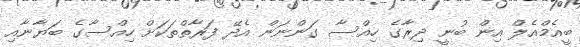
ބީއެމްއެލް އިން ބުނީ ދިރާގެ ހިއްސާ ގަންނަން އެދޭ ފަރާތްތަކަށް ހިއްސާގެ ބަޔާނާއި